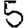
Digit: 5